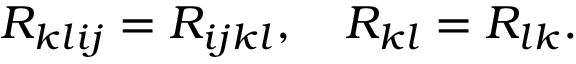
R _ { k l i j } = R _ { i j k l } , \quad R _ { k l } = R _ { l k } .